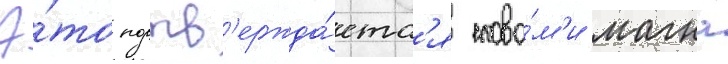
Э́то подтв'ержда́етс'я слова́м'и магна